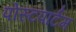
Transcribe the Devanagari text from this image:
पोस्‍टपार्टम